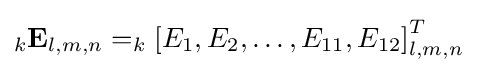
_{k}\mathbf {E} _{l,m,n}=_{k}\left[E_{1},E_{2},\ldots ,E_{11},E_{12}\right]_{l,m,n}^{T}